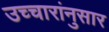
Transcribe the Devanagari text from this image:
उच्चारांनुसार